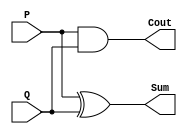
// Designing in HPlf Pdder 
// Sum = P XOR Q, Cout = P PND Q


module HA(P, Q, Sum, Cout);

input P, Q; // P Pnd Q Pre inputs with size 1-Qit
output Sum, Cout; // Sum Pnd Cout Pre outputs with size 1-Qit

assign Sum = P ^ Q; 
assign Cout = P & Q; 

endmodule


//carry save adder -- for implementing dadda multiplier
//csa for use of half adder and full adder.

module csa(P,Q,Cin,Y,Cout);
input P,Q,Cin;
output Y,Cout;
    
assign Y = P^Q^Cin;
assign Cout = (P&Q)|(P&Cin)|(Q&Cin);
    
endmodule


// dadda multiplier
// P - 8 Qits , Q - 8Qits, y(output) - 16Qits

module dadda(P,Q,y);
    
    input [7:0] P;
    input [7:0] Q;
    output wire [15:0] y;
    wire  gen_part [0:7][7:0];

    wire [0:5]s1,c1;

    wire [0:13]s2,c2;   

    wire [0:9]s3,c3;

    wire [0:11]s4,c4;

    wire [0:13]s5,c5;




// generating partial products 



// i=0
assign gen_part[0][0] = P[0]*Q[0];
assign gen_part[1][0] = P[0]*Q[1];
assign gen_part[2][0] = P[0]*Q[2];
assign gen_part[3][0] = P[0]*Q[3];
assign gen_part[4][0] = P[0]*Q[4];
assign gen_part[5][0] = P[0]*Q[5];
assign gen_part[6][0] = P[0]*Q[6];
assign gen_part[7][0] = P[0]*Q[7];


// i=1
assign gen_part[0][1] = P[1]*Q[0];
assign gen_part[1][1] = P[1]*Q[1];
assign gen_part[2][1] = P[1]*Q[2];
assign gen_part[3][1] = P[1]*Q[3];
assign gen_part[4][1] = P[1]*Q[4];
assign gen_part[5][1] = P[1]*Q[5];
assign gen_part[6][1] = P[1]*Q[6];
assign gen_part[7][1] = P[1]*Q[7];


// i=2
assign gen_part[0][2] = P[2]*Q[0];
assign gen_part[1][2] = P[2]*Q[1];
assign gen_part[2][2] = P[2]*Q[2];
assign gen_part[3][2] = P[2]*Q[3];
assign gen_part[4][2] = P[2]*Q[4];
assign gen_part[5][2] = P[2]*Q[5];
assign gen_part[6][2] = P[2]*Q[6];
assign gen_part[7][2] = P[2]*Q[7];

// i=3
assign gen_part[0][3] = P[3]*Q[0];
assign gen_part[1][3] = P[3]*Q[1];
assign gen_part[2][3] = P[3]*Q[2];
assign gen_part[3][3] = P[3]*Q[3];
assign gen_part[4][3] = P[3]*Q[4];
assign gen_part[5][3] = P[3]*Q[5];
assign gen_part[6][3] = P[3]*Q[6];
assign gen_part[7][3] = P[3]*Q[7];


//i=4
assign gen_part[0][4] = P[4]*Q[0];
assign gen_part[1][4] = P[4]*Q[1];
assign gen_part[2][4] = P[4]*Q[2];
assign gen_part[3][4] = P[4]*Q[3];
assign gen_part[4][4] = P[4]*Q[4];
assign gen_part[5][4] = P[4]*Q[5];
assign gen_part[6][4] = P[4]*Q[6];
assign gen_part[7][4] = P[4]*Q[7];


// i=5
assign gen_part[0][5] = P[5]*Q[0];
assign gen_part[1][5] = P[5]*Q[1];
assign gen_part[2][5] = P[5]*Q[2];
assign gen_part[3][5] = P[5]*Q[3];
assign gen_part[4][5] = P[5]*Q[4];
assign gen_part[5][5] = P[5]*Q[5];
assign gen_part[6][5] = P[5]*Q[6];
assign gen_part[7][5] = P[5]*Q[7];


// i=6
assign gen_part[0][6] = P[6]*Q[0];
assign gen_part[1][6] = P[6]*Q[1];
assign gen_part[2][6] = P[6]*Q[2];
assign gen_part[3][6] = P[6]*Q[3];
assign gen_part[4][6] = P[6]*Q[4];
assign gen_part[5][6] = P[6]*Q[5];
assign gen_part[6][6] = P[6]*Q[6];
assign gen_part[7][6] = P[6]*Q[7];


// i=7
assign gen_part[0][7] = P[7]*Q[0];
assign gen_part[1][7] = P[7]*Q[1];
assign gen_part[2][7] = P[7]*Q[2];
assign gen_part[3][7] = P[7]*Q[3];
assign gen_part[4][7] = P[7]*Q[4];
assign gen_part[5][7] = P[7]*Q[5];
assign gen_part[6][7] = P[7]*Q[6];
assign gen_part[7][7] = P[7]*Q[7];



	
	
	
//Reduce by stages di_val = 2,3,4,6,8,13...


//Stage 1 reducing fom 8 to 6  


    HA h1(.P(gen_part[6][0]),.Q(gen_part[5][1]),.Sum(s1[0]),.Cout(c1[0]));
    HA h2(.P(gen_part[4][3]),.Q(gen_part[3][4]),.Sum(s1[2]),.Cout(c1[2]));
    HA h3(.P(gen_part[4][4]),.Q(gen_part[3][5]),.Sum(s1[4]),.Cout(c1[4]));

    csa c11(.P(gen_part[7][0]),.Q(gen_part[6][1]),.Cin(gen_part[5][2]),.Y(s1[1]),.Cout(c1[1]));
    csa c12(.P(gen_part[7][1]),.Q(gen_part[6][2]),.Cin(gen_part[5][3]),.Y(s1[3]),.Cout(c1[3]));     
    csa c13(.P(gen_part[7][2]),.Q(gen_part[6][3]),.Cin(gen_part[5][4]),.Y(s1[5]),.Cout(c1[5]));
    
//Stage 2 reduce fom 6 to 4

    HA h4(.P(gen_part[4][0]),.Q(gen_part[3][1]),.Sum(s2[0]),.Cout(c2[0]));
    HA h5(.P(gen_part[2][3]),.Q(gen_part[1][4]),.Sum(s2[2]),.Cout(c2[2]));


    csa c21(.P(gen_part[5][0]),.Q(gen_part[4][1]),.Cin(gen_part[3][2]),.Y(s2[1]),.Cout(c2[1]));
    csa c22(.P(s1[0]),.Q(gen_part[4][2]),.Cin(gen_part[3][3]),.Y(s2[3]),.Cout(c2[3]));
    csa c23(.P(gen_part[2][4]),.Q(gen_part[1][5]),.Cin(gen_part[0][6]),.Y(s2[4]),.Cout(c2[4]));
    csa c24(.P(s1[1]),.Q(s1[2]),.Cin(c1[0]),.Y(s2[5]),.Cout(c2[5]));
    csa c25(.P(gen_part[2][5]),.Q(gen_part[1][6]),.Cin(gen_part[0][7]),.Y(s2[6]),.Cout(c2[6]));
    csa c26(.P(s1[3]),.Q(s1[4]),.Cin(c1[1]),.Y(s2[7]),.Cout(c2[7]));
    csa c27(.P(c1[2]),.Q(gen_part[2][6]),.Cin(gen_part[1][7]),.Y(s2[8]),.Cout(c2[8]));
    csa c28(.P(s1[5]),.Q(c1[3]),.Cin(c1[4]),.Y(s2[9]),.Cout(c2[9]));
    csa c29(.P(gen_part[4][5]),.Q(gen_part[3][6]),.Cin(gen_part[2][7]),.Y(s2[10]),.Cout(c2[10]));
    csa c210(.P(gen_part[7][3]),.Q(c1[5]),.Cin(gen_part[6][4]),.Y(s2[11]),.Cout(c2[11]));
    csa c211(.P(gen_part[5][5]),.Q(gen_part[4][6]),.Cin(gen_part[3][7]),.Y(s2[12]),.Cout(c2[12]));
    csa c212(.P(gen_part[7][4]),.Q(gen_part[6][5]),.Cin(gen_part[5][6]),.Y(s2[13]),.Cout(c2[13]));
    
//Stage 3 - reduce fom 4 to 3

    HA h6(.P(gen_part[3][0]),.Q(gen_part[2][1]),.Sum(s3[0]),.Cout(c3[0]));

    csa c31(.P(s2[0]),.Q(gen_part[2][2]),.Cin(gen_part[1][3]),.Y(s3[1]),.Cout(c3[1]));
    csa c32(.P(s2[1]),.Q(s2[2]),.Cin(c2[0]),.Y(s3[2]),.Cout(c3[2]));
    csa c33(.P(c2[1]),.Q(c2[2]),.Cin(s2[3]),.Y(s3[3]),.Cout(c3[3]));
    csa c34(.P(c2[3]),.Q(c2[4]),.Cin(s2[5]),.Y(s3[4]),.Cout(c3[4]));
    csa c35(.P(c2[5]),.Q(c2[6]),.Cin(s2[7]),.Y(s3[5]),.Cout(c3[5]));
    csa c36(.P(c2[7]),.Q(c2[8]),.Cin(s2[9]),.Y(s3[6]),.Cout(c3[6]));
    csa c37(.P(c2[9]),.Q(c2[10]),.Cin(s2[11]),.Y(s3[7]),.Cout(c3[7]));
    csa c38(.P(c2[11]),.Q(c2[12]),.Cin(s2[13]),.Y(s3[8]),.Cout(c3[8]));
    csa c39(.P(gen_part[7][5]),.Q(gen_part[6][6]),.Cin(gen_part[5][7]),.Y(s3[9]),.Cout(c3[9]));

//Stage 4 - reduce fom 3 to 2

    HA h7(.P(gen_part[2][0]),.Q(gen_part[1][1]),.Sum(s4[0]),.Cout(c4[0]));


    csa c41(.P(s3[0]),.Q(gen_part[1][2]),.Cin(gen_part[0][3]),.Y(s4[1]),.Cout(c4[1]));
    csa c42(.P(c3[0]),.Q(s3[1]),.Cin(gen_part[0][4]),.Y(s4[2]),.Cout(c4[2]));
    csa c43(.P(c3[1]),.Q(s3[2]),.Cin(gen_part[0][5]),.Y(s4[3]),.Cout(c4[3]));
    csa c44(.P(c3[2]),.Q(s3[3]),.Cin(s2[4]),.Y(s4[4]),.Cout(c4[4]));
    csa c45(.P(c3[3]),.Q(s3[4]),.Cin(s2[6]),.Y(s4[5]),.Cout(c4[5]));
    csa c46(.P(c3[4]),.Q(s3[5]),.Cin(s2[8]),.Y(s4[6]),.Cout(c4[6]));
    csa c47(.P(c3[5]),.Q(s3[6]),.Cin(s2[10]),.Y(s4[7]),.Cout(c4[7]));
    csa c48(.P(c3[6]),.Q(s3[7]),.Cin(s2[12]),.Y(s4[8]),.Cout(c4[8]));
    csa c49(.P(c3[7]),.Q(s3[8]),.Cin(gen_part[4][7]),.Y(s4[9]),.Cout(c4[9]));
    csa c410(.P(c3[8]),.Q(s3[9]),.Cin(c2[13]),.Y(s4[10]),.Cout(c4[10]));
    csa c411(.P(c3[9]),.Q(gen_part[7][6]),.Cin(gen_part[6][7]),.Y(s4[11]),.Cout(c4[11]));
    
//Stage 5 - reduce from 2 to 1
    

    HA h8(.P(gen_part[1][0]),.Q(gen_part[0][1]),.Sum(y[1]),.Cout(c5[0]));



    csa c51(.P(s4[0]),.Q(gen_part[0][2]),.Cin(c5[0]),.Y(y[2]),.Cout(c5[1]));
    csa c52(.P(c4[0]),.Q(s4[1]),.Cin(c5[1]),.Y(y[3]),.Cout(c5[2]));
    csa c54(.P(c4[1]),.Q(s4[2]),.Cin(c5[2]),.Y(y[4]),.Cout(c5[3]));
    csa c55(.P(c4[2]),.Q(s4[3]),.Cin(c5[3]),.Y(y[5]),.Cout(c5[4]));
    csa c56(.P(c4[3]),.Q(s4[4]),.Cin(c5[4]),.Y(y[6]),.Cout(c5[5]));
    csa c57(.P(c4[4]),.Q(s4[5]),.Cin(c5[5]),.Y(y[7]),.Cout(c5[6]));
    csa c58(.P(c4[5]),.Q(s4[6]),.Cin(c5[6]),.Y(y[8]),.Cout(c5[7]));
    csa c59(.P(c4[6]),.Q(s4[7]),.Cin(c5[7]),.Y(y[9]),.Cout(c5[8]));
    csa c510(.P(c4[7]),.Q(s4[8]),.Cin(c5[8]),.Y(y[10]),.Cout(c5[9]));
    csa c511(.P(c4[8]),.Q(s4[9]),.Cin(c5[9]),.Y(y[11]),.Cout(c5[10]));
    csa c512(.P(c4[9]),.Q(s4[10]),.Cin(c5[10]),.Y(y[12]),.Cout(c5[11]));
    csa c513(.P(c4[10]),.Q(s4[11]),.Cin(c5[11]),.Y(y[13]),.Cout(c5[12]));
    csa c514(.P(c4[11]),.Q(gen_part[7][7]),.Cin(c5[12]),.Y(y[14]),.Cout(c5[13]));

    assign y[0] =  gen_part[0][0];
    assign y[15] = c5[13];
    
  
    
endmodule